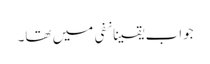
جواب یقینانفی میں تھا۔